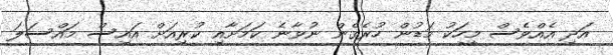
އަދި އެއްވެސް މީހަކު މަޑުން ހުރެގެން ނުވާނެ ކަމަށާއި ކުރިއަށް އައިސް މައްސަލަ